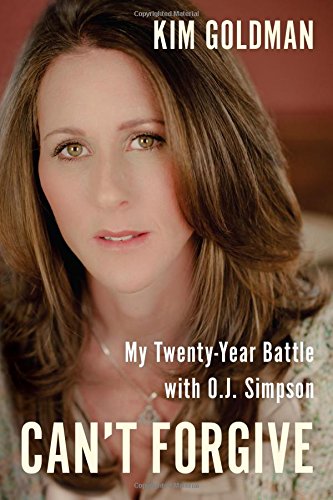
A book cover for Can't Forgive: My 20-Year Battle with O.J. Simpson; Kim Goldman; Self-Help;